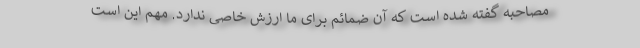
مصاحبه گفته شده است که آن ضمائم برای ما ارزش خاصی ندارد. مهم این است